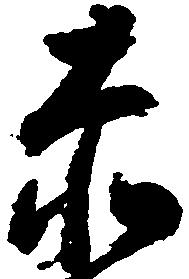
赤